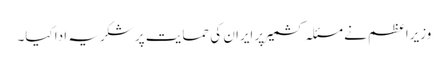
وزیراعظم نے مسئلہ کشمیر پر ایران کی حمایت پر شکریہ ادا کیا۔